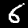
Digit: 6